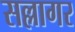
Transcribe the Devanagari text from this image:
सल्लागर